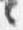
々